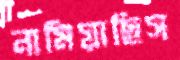
নামিয়াছিস